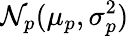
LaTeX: \mathcal{N}_{p}(\mu_{p},\sigma_{p}^{2})